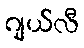
ဂျယ်လီ